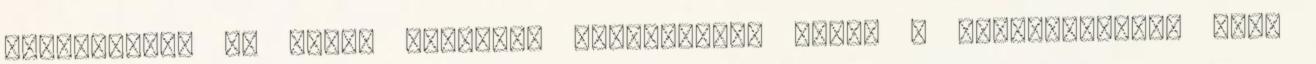
sóhajtozik, és egyre furábban viselkedik. Talán a felszállástól fél.